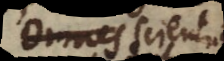
omnes scientiarum